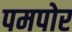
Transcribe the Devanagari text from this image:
पमपोर